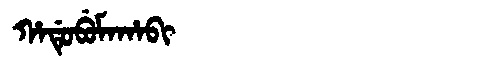
Manchu: ᡥᠠᡩᡠᠪᡠᠮᠠᡥᠠᠪᡳ
Romanization: HADUBUMAHABI